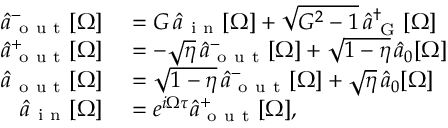
\begin{array} { r l } { \hat { a } _ { \mathrm { ~ o ~ u ~ t ~ } } ^ { - } [ \Omega ] } & { { } = G \, \hat { a } _ { \mathrm { ~ i ~ n ~ } } [ \Omega ] + \sqrt { G ^ { 2 } - 1 } \, \hat { a } _ { \mathrm { ~ G ~ } } ^ { \dagger } [ \Omega ] } \\ { \hat { a } _ { \mathrm { ~ o ~ u ~ t ~ } } ^ { + } [ \Omega ] } & { { } = - \sqrt { \eta } \, \hat { a } _ { \mathrm { ~ o ~ u ~ t ~ } } ^ { - } [ \Omega ] + \sqrt { 1 - \eta } \, \hat { a } _ { 0 } [ \Omega ] } \\ { \hat { a } _ { \mathrm { ~ o ~ u ~ t ~ } } [ \Omega ] } & { { } = \sqrt { 1 - \eta } \, \hat { a } _ { \mathrm { ~ o ~ u ~ t ~ } } ^ { - } [ \Omega ] + \sqrt { \eta } \, \hat { a } _ { 0 } [ \Omega ] } \\ { \hat { a } _ { \mathrm { ~ i ~ n ~ } } [ \Omega ] } & { { } = e ^ { i \Omega \tau } \hat { a } _ { \mathrm { ~ o ~ u ~ t ~ } } ^ { + } [ \Omega ] , } \end{array}